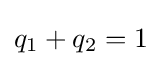
q_{1}+q_{2}=1